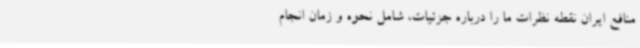
منافع ایران نقطه نظرات ما را درباره جزئیات، شامل نحوه و زمان انجام